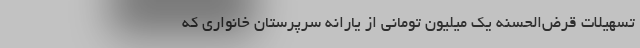
تسهیلات قرض‌الحسنه یک میلیون تومانی از یارانه سرپرستان خانواری که